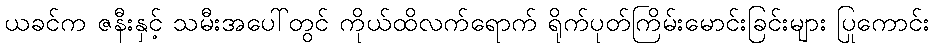
ယခင်က ဇနီးနှင့် သမီးအပေါ်တွင် ကိုယ်ထိလက်ရောက် ရိုက်ပုတ်ကြိမ်းမောင်းခြင်းများ ပြုကောင်း